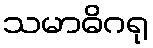
သမာဓိဂရု